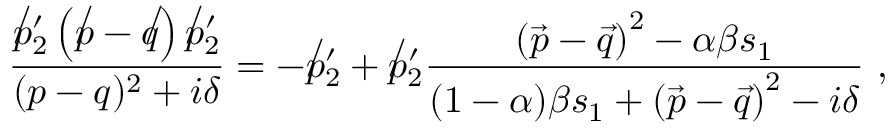
\frac { \not p _ { 2 } ^ { \prime } \left( \not p - \not q \right) \not p _ { 2 } ^ { \prime } } { ( p - q ) ^ { 2 } + i \delta } = - \not p _ { 2 } ^ { \prime } + \not p _ { 2 } ^ { \prime } \frac { \left( \vec { p } - \vec { q } \right) ^ { 2 } - \alpha \beta s _ { 1 } } { ( 1 - \alpha ) \beta s _ { 1 } + \left( \vec { p } - \vec { q } \right) ^ { 2 } - i \delta } ~ ,